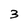
Character: 3